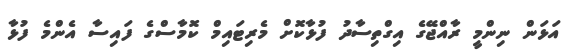
އަޅަން ނިންމީ ރާއްޖޭގެ އިގްތިސާދު ފުޅާކޮށް މެރިޓައިމް ކޮމާސްގެ ފައިސާ އެންމެ ފުޅާ